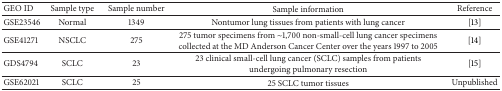
<table><thead><tr><td><b>GEO ID</b></td><td><b>Sample type</b></td><td><b>Sample number</b></td><td><b>Sample information</b></td><td><b>Reference</b></td></tr></thead><tbody><tr><td>GSE23546</td><td>Normal</td><td>1349</td><td>Nontumor lung tissues from patients with lung cancer</td><td>[13]</td></tr><tr><td>GSE41271</td><td>NSCLC</td><td>275</td><td>275 tumor specimens from ~1,700 non-small-cell lung cancer specimens collected at the MD Anderson Cancer Center over the years 1997 to 2005</td><td>[14]</td></tr><tr><td>GDS4794</td><td>SCLC</td><td>23</td><td>23 clinical small-cell lung cancer (SCLC) samples from patients undergoing pulmonary resection</td><td>[15]</td></tr><tr><td>GSE62021</td><td>SCLC</td><td>25</td><td>25 SCLC tumor tissues</td><td>Unpublished</td></tr></tbody></table>